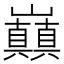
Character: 𭗸